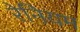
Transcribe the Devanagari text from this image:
रेनियम